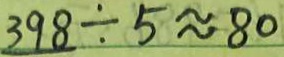
3 9 8 \div 5 \approx 8 0